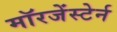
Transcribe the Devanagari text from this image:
मॉरजेंस्टेर्न